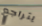
يتراجع